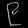
Digit: ၉